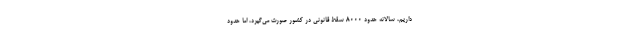
داریم، سالانه حدود ۸۰۰۰ سقط قانونی در کشور صورت می‌گیرد، اما حدود